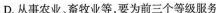
D.从事农业、畜牧业等，要为前三个等级服务